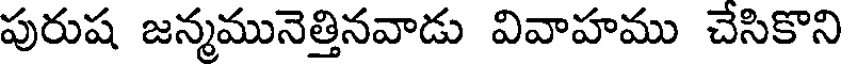
పురుష జన్మమునెత్తినవాడు వివాహము చేసికొని